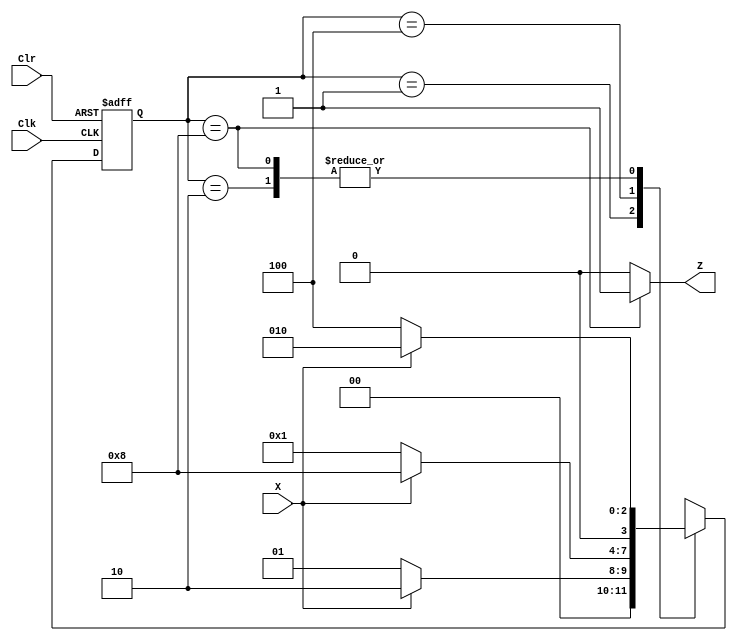
`timescale 1ns / 1ps
//////////////////////////////////////////////////////////////////////////////////
// Company: 
// Engineer: 
// 
// Design Name: 
// Module Name:    fsm
// Project Name: 
// Target Devices: 
// Tool versions: 
// Description: 
//
// Dependencies: 
//
// Revision: 
// Revision 0.01 - File Created
// Additional Comments: 
//
//////////////////////////////////////////////////////////////////////////////////
module fsm(
	input Clk,
	input Clr,
	input X,
	output reg Z
    );
	
	parameter S0 = 4'b0001,
			  S1 = 4'b0010,
			  S2 = 4'b0100,
			  S3 = 4'b1000;
	reg [3:0] state;
	
	always @ (posedge Clk or posedge Clr) begin
		if (Clr) 
			state <= S0;
		else begin
			case (state) 
				S0 : state <= X ? S1 : S0;
				S1 : state <= X ? S1 : S2;
				S2 : state <= X ? S3 : S0;
				S3 : state <= X ? S1 : S2;
				default : state <= 4'bx;
			endcase
		end
	end
	
	always @ (state) begin
		case (state) 
			S3 : Z = 1'b1;
			default : Z = 1'b0;
		endcase
	end
	
	initial begin
		state <= S0;
	end
	
endmodule